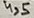
Text: 4,5